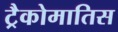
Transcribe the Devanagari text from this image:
ट्रैकोमातिस